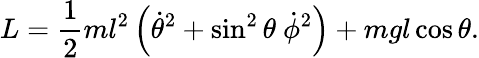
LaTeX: L={\frac{1}{2}}ml^{2}\left({\dot{\theta}}^{2}+\sin^{2}\theta\ {\dot{\phi}}^{2}\right)+mgl\cos\theta.